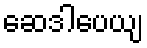
ဆေဒါပေယျ